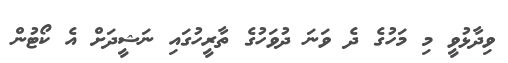
ވިދާޅުވީ މި މަހުގެ ދެ ވަނަ ދުވަހުގެ ތާރީހުގައި ނަޝީދަށް އެ ކޯޓުން